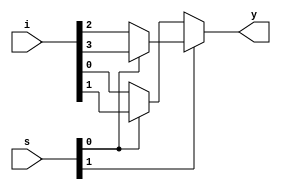
`timescale 1ns / 1ps
//////////////////////////////////////////////////////////////////////////////////
// Company: 
// Engineer: 
// 
// Design Name: 
// Module Name:    b_mux4 
// Project Name: 
// Target Devices: 
// Tool versions: 
// Description: 
//
// Dependencies: 
//
// Revision: 
// Revision 0.01 - File Created
// Additional Comments: 
//
//////////////////////////////////////////////////////////////////////////////////
module b_mux4(i,s,y);
    input [3:0] i;
    input [1:0] s;
    output y;
    reg y;
	 always @(*)
	 begin 
	   if(s[1])
	    begin
	     if(s[0])
	         y=i[3];
	    else
	         y=i[2];
	   end
	    else 
	 begin
	      if(s[0])
	         y=i[1];
	 else
	       y=i[0];

end
end
endmodule